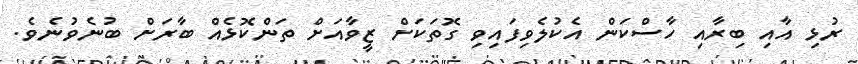
ރުޅި އާއި ބިރާއި ހާސްކަން އެކުލެވިފައިވި ގޮތަކަށް ޒީވާއަށް ތަންކޮޅެއް ބާރަށް ބުނެވުނެވެ.